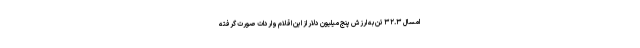
امسال ۳۲.۳ تن به ارزش پنج میلیون دلار از این اقلام واردات صورت گرفته